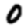
Digit: 0